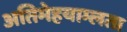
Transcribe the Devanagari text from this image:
अतिमेहयाम्लता